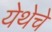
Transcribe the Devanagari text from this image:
येथेचे